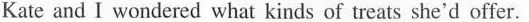
Kate and I wondered what kinds of treats she'd offer.